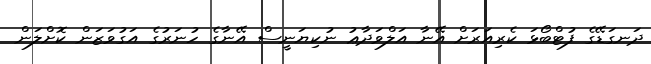
ދަނގަޑޭގެ ފުޓްބޯޅަ ކެރިއަރަށް އޭނާ އަލްވަދާޢު ނުކިޔަނީސް އޭނާގެ ހުނަރުގެ އަގުވަޒަން ކޮށްލަން